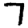
Digit: 7